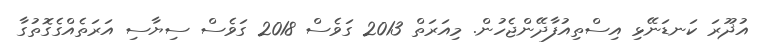
އުޛޫރަ ކަނޑަނޭޅި އިސްތިއުފާދޭންޖެހުން. މިއަރަތް 2013 ގަވެސް 2018 ގަވެސް ސިޔާސި އަރަތެއްގެގޮތުގާ